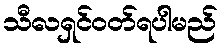
သီလရှင်ဝတ်ရပါမည်